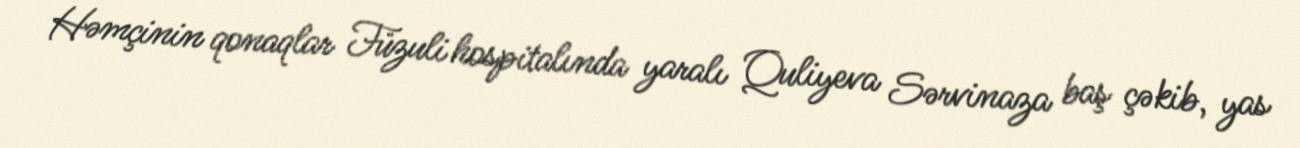
Həmçinin qonaqlar Füzuli hospitalında yaralı Quliyeva Sərvinaza baş çəkib, yas